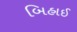
બિહાઈ